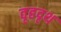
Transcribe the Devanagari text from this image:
वृहदृथ